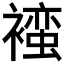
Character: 𬡯